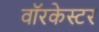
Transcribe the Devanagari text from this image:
वॉरकेस्टर